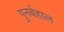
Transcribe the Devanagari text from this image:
पुनर्बहाल